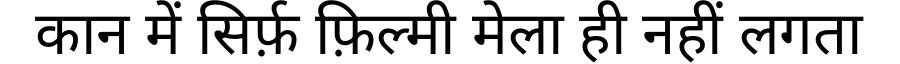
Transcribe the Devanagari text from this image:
कान में सिर्फ़ फ़िल्मी मेला ही नहीं लगता